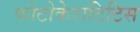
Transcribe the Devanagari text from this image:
फोटोकेराटिटिस